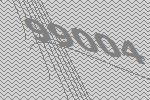
99004